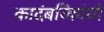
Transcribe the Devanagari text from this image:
कादंबरिकांची